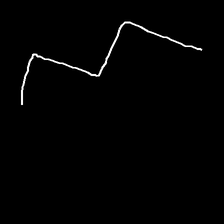
Glyph: crush